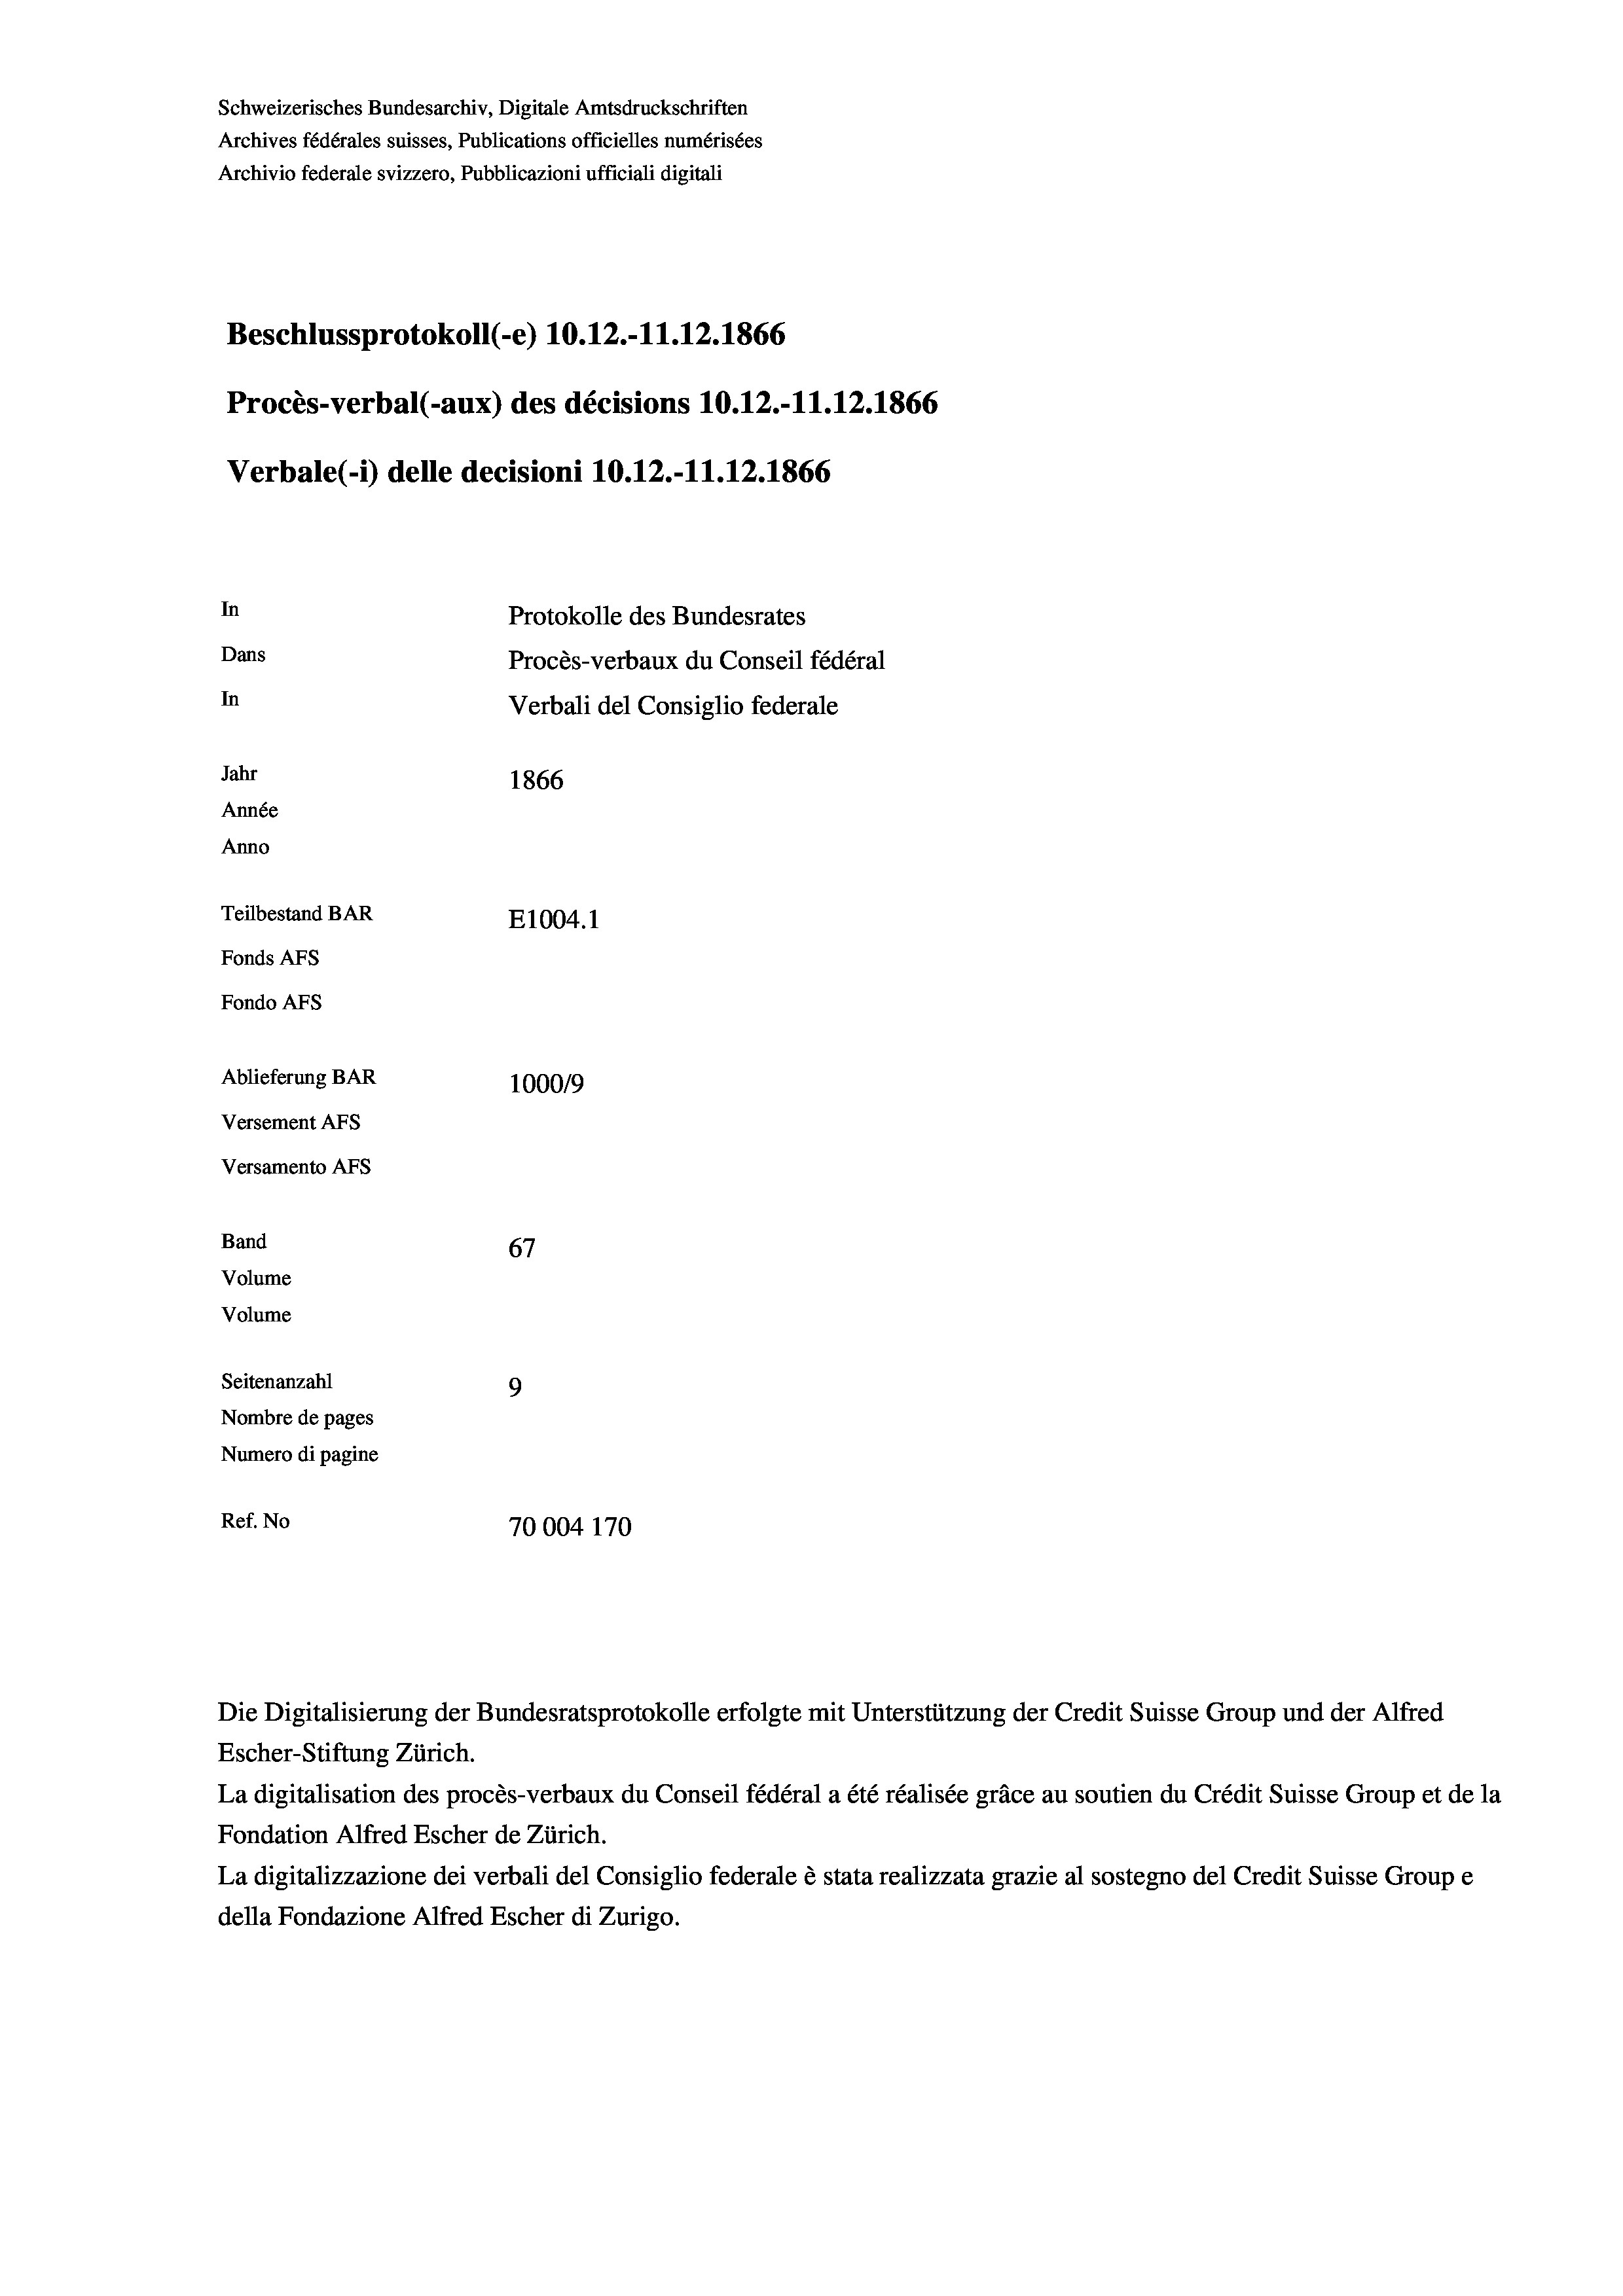
Schweizerisches Bundesarchiv, Digitale Amtsdruckschriften
Archives fédérales suisses, Publications officielles numérisées
Archivio federale svizzero, Pubblicazioni ufficiali digitali
Beschlussprotokoll (-e) 10.12.-11.12.1866
Procès-verbal (-aux) des décisions 10.12.-11.12.1866
Verbale(*) delle decisioni 10.12.-11.12.1866
In
Protokolle des Bundesrates
Dans
Procès-verbaux du Conseil fédéral
In
Verbali del Consiglio federale
Jahr
1866
Année
Anno
Teilbestand BAR
E1004.1
Fonds AFs
Fondo AFS
Ablieferung BAR
100019
Versement As
Versamento AFs
Band
67
Volume
Volume
Seitenanzahl
9
Nombre de pages
Numero di pagine
Ref. No
70004 170

Escher-Stiftung Zürich.
La digitalisation des procès-verbaux du Conseil fédéral a été réalisée gräce au soutien du Crédit Suisse Group et de la
Fondation Alfred Escher de Zürich.
La digitalizzazione dei verbali del Consiglio federale è stata realizzata grazie al sostegno del Credit Suisse Groupe
della Fondazione Alfred Escher di Zurigo.

Die Digitalisierung der Bundesratsprotokolle erfolgte mit Unterstützung der Credit Suisse Group und der Alfred